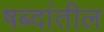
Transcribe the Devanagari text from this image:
षब्दांतील